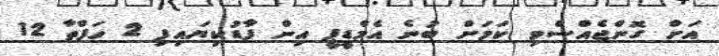
އަށް ގޮންޖެއްސެވި ކަމަށް ބުނެ އެމްޑީޕީ އިން ފާޑުކިޔައިފި 2 ހަފްތާ 12